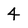
Character: 4